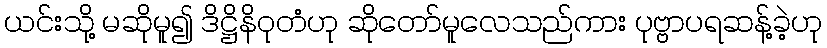
ယင်းသို့ မဆိုမူ၍ ဒိဋ္ဌိနိဝုတံဟု ဆိုတော်မူလေသည်ကား ပုဗ္ဗာပရဆန့်ခဲ့ဟု